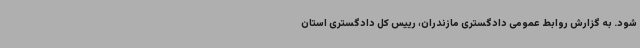
شود. به گزارش روابط عمومی دادگستری مازندران، رییس کل دادگستری استان